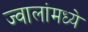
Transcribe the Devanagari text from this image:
ज्वालांमध्ये